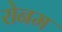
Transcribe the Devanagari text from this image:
रोनम